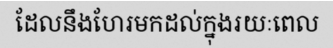
ដែលនឹងហែរមកដល់ក្នុងរយៈពេល